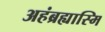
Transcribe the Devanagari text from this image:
अहंब्रह्यास्मि